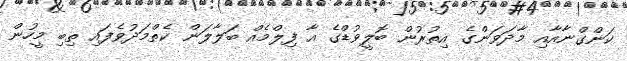
ކަންގްނާއާއި މާދަވަންގެ އިތުރުން ބޮލީވުޑްގެ އާ ފިލްމެއް ބަލާލަން ކެތްމަދުވެފައި ތިބި މީހުން